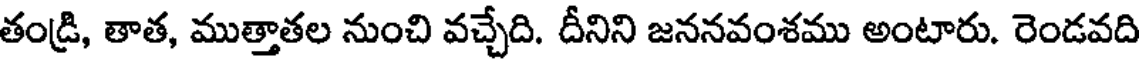
తండ్రి, తాత, ముత్తాతల నుంచి వచ్చేది. దీనిని జననవంశము అంటారు. రెండవది